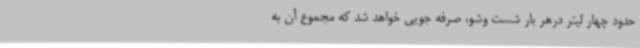
حدود چهار لیتر درهر بار شست وشو، صرفه جویی خواهد شد که مجموع آن به